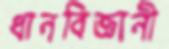
ধানবিজ্ঞানী